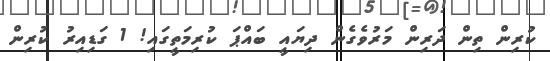
ކުރިން ތިން ދަރިން މަރުވެގެން ދިޔައީ ބައްޕަ ކުރިމަތީގައި! 1 ގަޑިއިރު ކުރިން